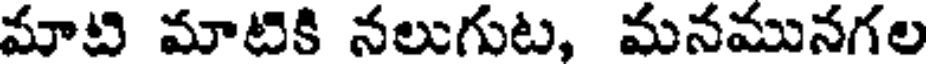
మాటి మాటికి నలుగుట, మనమునగల